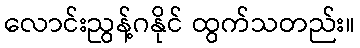
လောင်းညွန့်ဂနိုင် ထွက်သတည်း။